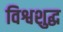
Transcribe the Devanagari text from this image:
विश्वशुद्ध